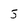
Character: 5